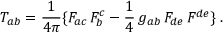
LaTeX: T _ { a b } = { \frac { 1 } { 4 \pi } } \{ F _ { a c } \, F _ { b } ^ { c } - { \frac { 1 } { 4 } } \, g _ { a b } \, F _ { d e } \, F ^ { d e } \} \; .